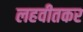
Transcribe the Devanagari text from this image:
लहवीतकर